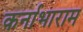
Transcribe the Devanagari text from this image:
कर्नाभाराम